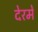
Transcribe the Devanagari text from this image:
देरमें